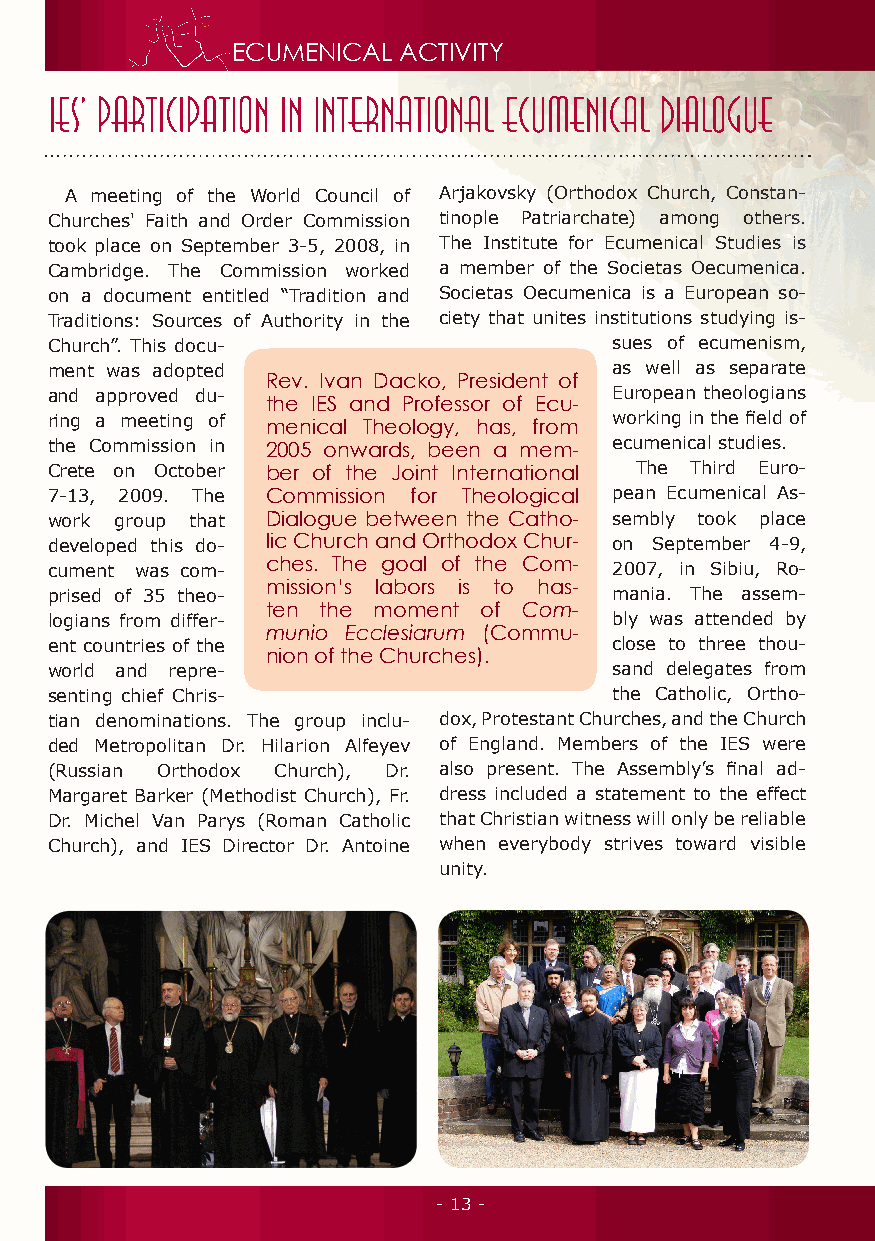
ECUMENICAL ACTIVITY
 A meeting of the World Council of Arjakovsky (Orthodox Church, Constan-
 Churches' Faith and Order Commission tinople Patriarchate) among others.
 took place on September 3-5, 2008, in The Institute for Ecumenical Studies is
 Cambridge. The Commission worked a member of the Societas Oecumenica.
 on a document entitled “Tradition and Societas Oecumenica is a European so-
 Traditions: Sources of Authority in the ciety that unites institutions studying is-
 Church”. This docu-                  sues of ecumenism,
 ment was adopted                     as well as separate
 Rev. Ivan Dacko, President of
 and approved du-                     European theologians
 the IES and Professor of Ecu-
 ring a meeting of                    working in the field of
 menical Theology, has, from
 the Commission in 2005 onwards, been a mem- ecumenical studies.
 Crete on October ber of the Joint International The Third Euro-
 7-13, 2009. The Commission for Theological pean Ecumenical As-
 work group that Dialogue between the Catho- sembly took place
 de veloped this do- lic Church and Orthodox Chur - on September 4-9,
 cument was com- ches. The goal of the Com- 2007, in Sibiu, Ro-
 prised of 35 theo- mission’s labors is to has- mania. The assem-
 ten the moment of Com -
 logians from differ-                 bly was attend ed by
 munio Ecclesiarum (Com mu-
 ent countries of the                 close to three thou-
 nion of the Churches).
 world and repre-                     sand delegates from
 senting chief Chris -                the Catholic, Ortho -
 tian denominations. The group inclu- dox, Protestant Churches, and the Church
 ded Metropolitan Dr. Hilarion Alfeyev of England. Members of the IES were
 (Russian Orthodox Church), Dr. also present. The Assembly’s final ad-
 Margaret Barker (Methodist Church), Fr. dress included a statement to the effect
 Dr. Michel Van Parys (Roman Catholic that Christian witness will only be reliable
 Church), and IES Director Dr. Antoine when everybody strives toward visible
 unity.
 - 13 -